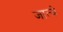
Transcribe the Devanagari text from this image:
जात्ये